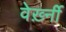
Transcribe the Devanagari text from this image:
वेर्ख़्नी